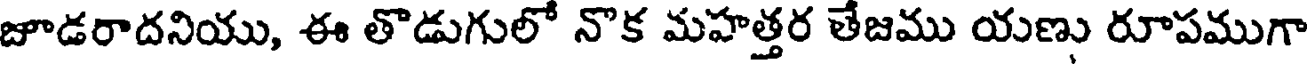
జూడరాదనియు, ఈ తొడుగులో నొక మహత్తర తేజము యణు రూపముగా